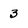
Character: 3